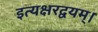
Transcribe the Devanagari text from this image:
इत्यक्षरद्वयम्।